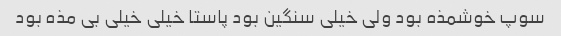
سوپ خوشمذه بود ولی خیلی سنگین بود پاستا خیلی خیلی بی مذه بود